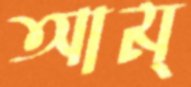
আম্